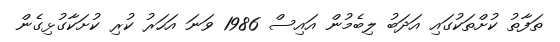
ތަފާތު ކުށްތަކުގައި އަދަބު ލިބެމުން އައިސް 1986 ވަނަ އަހަރު ކުރި ކުށަކާގުޅިގެން